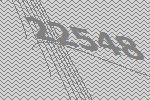
22548